Medical and sanitary report on the native army of Bombay for the year
Year: 1877
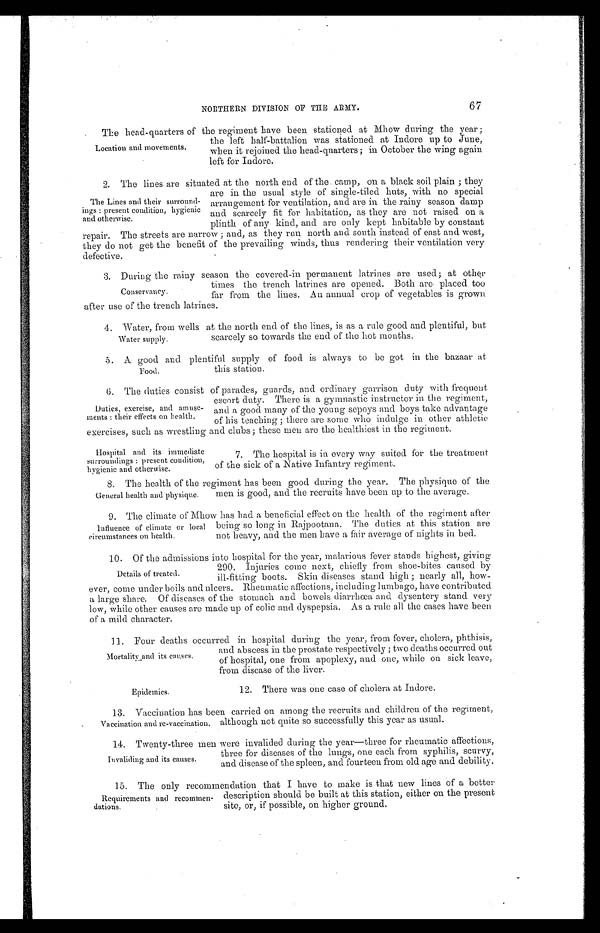
67
NORTHERN DIVISION OF THE ARMY.
The head-quarters of the regiment have been stationed at Mhow during the year;
the left half-battalion was stationed at Indore up to June,
when it rejoined the head-quarters; in October the wing again
l e f t f o r I n d o r e .
2. The lines are situated at the north end of the camp, on a black soil plain; they
are in the usual style of single-tiled huts, with no special
arrangement for ventilation, and are in the rainy season damp
and scarcely fit for habitation, as they are not raised on a
plinth of any kind, and are only kept habitable by constant
repair. The streets are narrow; and, as they run north and south instead of east and west,
they do not get the benefit of the prevailing winds, thus rendering their ventilation very
defective.
3. During the rainy season the covered-in permanent latrines are used; at other
times the trench latrines are opened. Both are placed too
far from the lines. An annual crop of vegetables is grown.
after use of the trench latrines.
4. Water, from wells at the north end of the lines, is as a rule good and plentiful, but
scarcely so towards the end of the hot months.
5. A good and plentiful supply of food is always to be got in the bazaar at
this station.
6. The duties consist of parades, guards, and ordinary garrison duty with frequent
; e s c o r t d u t y . T h e r e i s a g y m n a s t i c i n s t r u c t o r i n t h e r e g i m e n t ,
and a good many of the young sepoys and boys take advantage
of his teaching; there are some who indulge in other athletic
exercises, such as wrestling and clubs; these men are the healthiest in the regiment.
Location and movements.
The Lines and their surround
- i n g s : p r e s e n t c o n d i t i o n , h y g i e n i c
and otherwise.
Conservancy.
Water supply.
Food.
Duties, exercise, and amuse-
ments: their effects on health.
Hospital and its immediate
surroundings: present condition,
hygienic and otherwise.
7. The hospital is in every way suited for the treatment
of the sick of a Native Infantry regiment.
8. The health of the regiment has been good during the year. The physique of the
men is good, and the recruits have been up to the average.
9 . T h e c l i m a t e o f M h o w h a s h a d a b e n e f i c i a l e f f e c t o n t h e h e a l t h o f t h e r e g i m e n t a f t e r
being so long in Rajpootana. The duties at this station are
not heavy, and the men have a fair average of nights in bed.
10. Of the admissions into hospital for the year, malarious fever stands highest, giving
290. Injuries come next, chiefly from shoe-bites caused by
ill-fitting boots. Skin diseases stand high; nearly all, how-
ever, come under boils and ulcers. Rheumatic affections, including lumbago, have contributed
a large share. Of diseases of the stomach and bowels diarrhœa and dysentery stand very
low, while other causes are made up of colic and dyspepsia. As a rule all the cases have been
of a mild character.
1 1 . F o u r d e a t h s o c c u r r e d i n h o s p i t a l d u r i n g t h e y e a r , f r o m f e v e r , c h o l e r a , p h t h i s i s ,
and abscess in the prostate respectively; two deaths occurred out
of hospital, one from apoplexy, and one, while on sick leave,
from disease of the liver.
General health and physique.
Influence of climate or local
circumstances on health.
Details of treated
Mortality and its causes.
Epidemics.
12. There was one case of cholera at Indore.
13. Vaccination has been carried on among the recruits and children of the regiment,
although not quite so successfully this year as usual.
1 4 . T w e n t y - t h r e e m e n w e r e i n v a l i d e d d u r i n g t h e y e a r — t h r e e f o r r h e u m a t i c a f f e c t i o n s ,
three for diseases of the lungs, one each from syphilis, scurvy,
and disease of the spleen, and fourteen from old age and debility.
1 5 . T h e o n l y r e c o m m e n d a t i o n t h a t I h a v e t o m a k e i s t h a t n e w l i n e s o f a b e t t e r
description should be built at this station, either on the present
site, or, if possible, on higher ground.
Vaccination and re-vaccination.
Invaliding and its causes.
Requirements and recomme
n-dations.